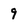
Character: 9